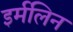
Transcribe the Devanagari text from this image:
इर्मलिन